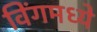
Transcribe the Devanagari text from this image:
विंगमध्ये